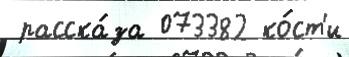
 расска́за 073382 ко́ст'и